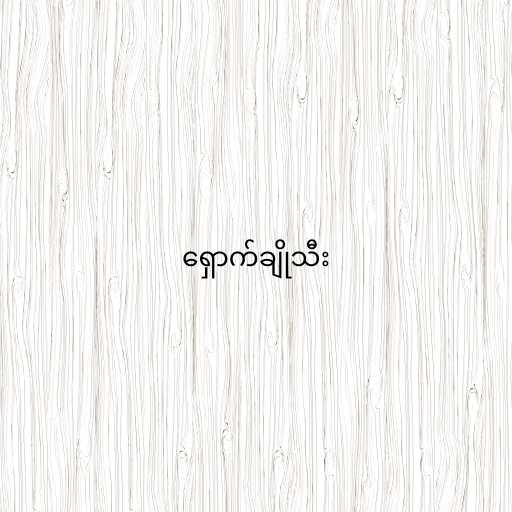
ရှောက်ချိုသီး